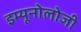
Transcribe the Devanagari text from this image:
इम्यूनोलोजी